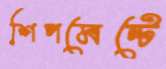
শিপমেন্টে